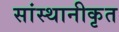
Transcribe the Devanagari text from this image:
सांस्थानीकृत